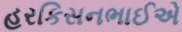
હરકિસનભાઈએ